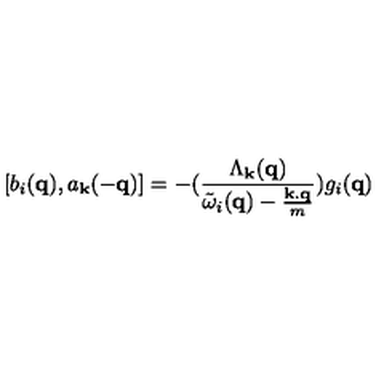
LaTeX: [ b _ { i } ( { \bf { q } } ) , a _ { { \bf { k } } } ( - { \bf { q } } ) ] = - ( \frac { \Lambda _ { { \bf { k } } } ( { \bf { q } } ) } { { \tilde { \omega } } _ { i } ( { \bf { q } } ) - \frac { { \bf { k . q } } } { m } } ) g _ { i } ( { \bf { q } } )